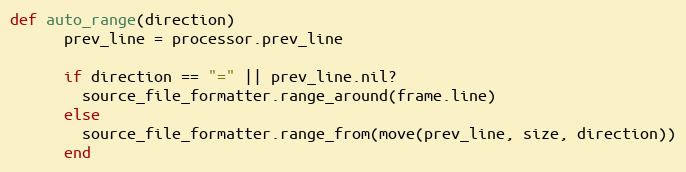
Language: Ruby
def auto_range(direction)
      prev_line = processor.prev_line

      if direction == "=" || prev_line.nil?
        source_file_formatter.range_around(frame.line)
      else
        source_file_formatter.range_from(move(prev_line, size, direction))
      end